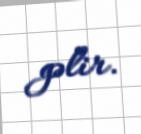
gəlir.